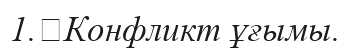
1.	Конфликт ұғымы.